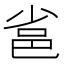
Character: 𨚒